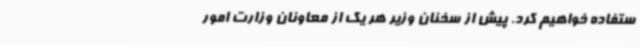
ستفاده خواهیم کرد. پیش از سخنان وزیر هر یک از معاونان وزارت امور